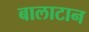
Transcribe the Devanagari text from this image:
बालाटान